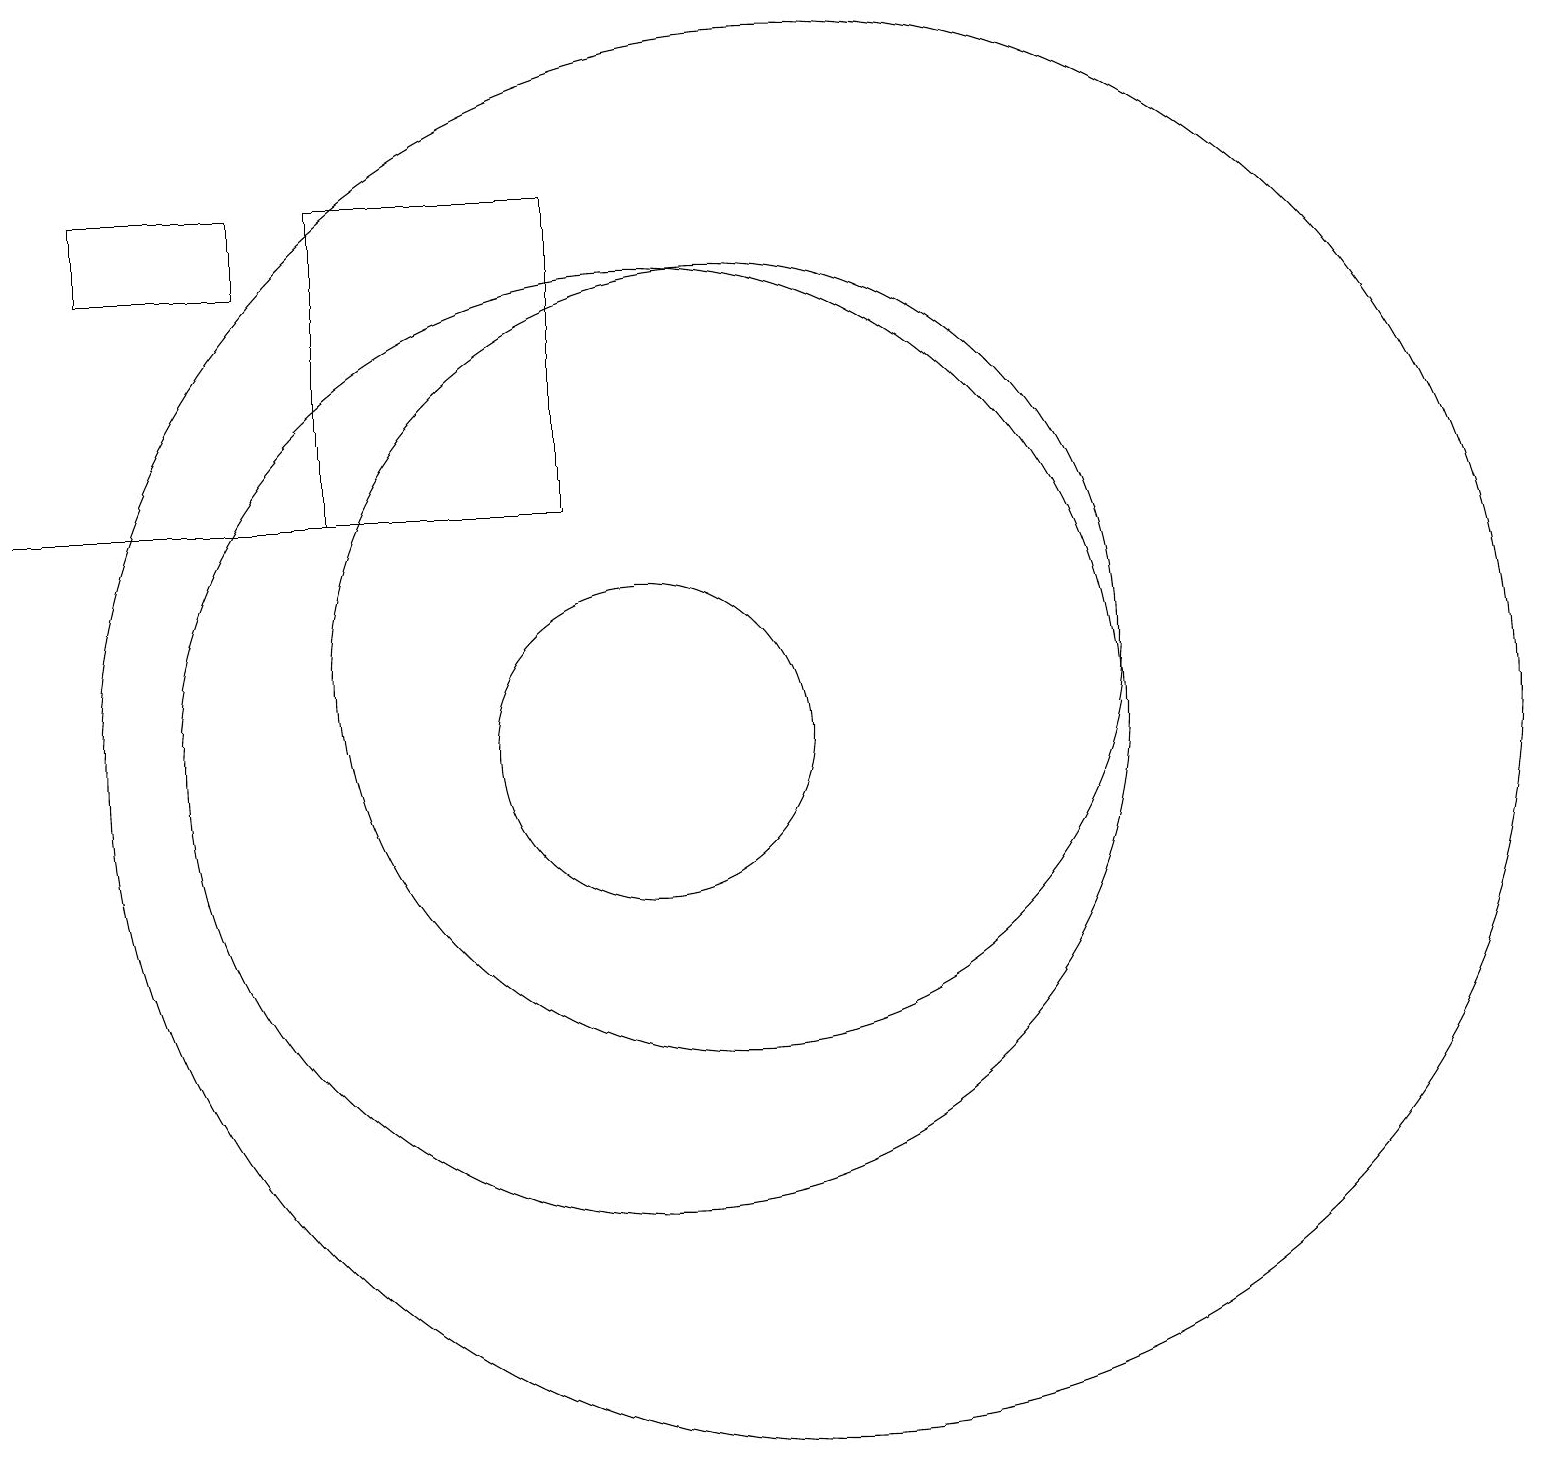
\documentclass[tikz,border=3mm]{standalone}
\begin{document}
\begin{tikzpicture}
\draw (5,18) rectangle (3,17);
\draw (11,12) circle (5);
\draw (10,11) circle (6);
\draw (10,11) circle (2);
\draw (6,18) rectangle (9,14);
\draw (2,14) rectangle (8,14);
\draw (12,11) circle (9);
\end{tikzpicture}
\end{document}